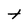
Character: t